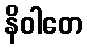
နိဝါတေ